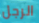
الرجل